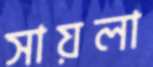
সায়লা